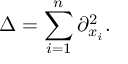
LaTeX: \Delta = \sum _ { i = 1 } ^ { n } \partial _ { x _ { i } } ^ { 2 } .